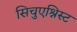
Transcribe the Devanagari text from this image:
सिचुएश्निस्ट